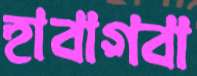
হাবাগবা